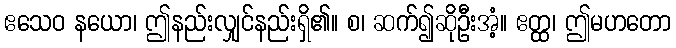
ဧသေဝ နယော၊ ဤနည်းလျှင်နည်းရှိ၏။ စ၊ ဆက်၍ဆိုဦးအံ့။ ဧတ္ထ၊ ဤမဟတော